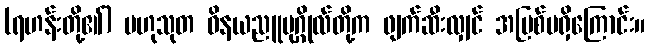
(ရဟန်းတို့၏) ဗဟုသုတ ဝိနယညူပုဂ္ဂိုလ်တို့က ဖျက်ဆီးလျှင် အပြစ်မရှိကြောင်း။